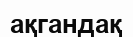
ақгандақ